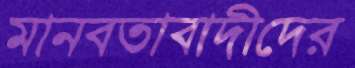
মানবতাবাদীদের